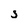
Character: s